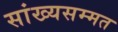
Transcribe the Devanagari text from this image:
सांख्यसम्मत